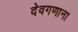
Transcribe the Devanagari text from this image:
देवगणाना